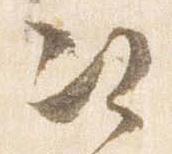
次